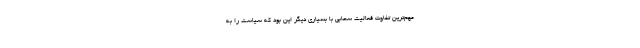
مهم‌ترین تفاوت فعالیت سحابی با بسیاری دیگر این بود که سیاست را به